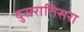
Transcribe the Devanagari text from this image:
दुसरातिसरा